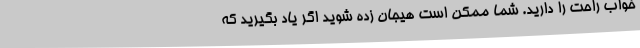
خواب راحت را دارید. شما ممکن است هیجان زده شوید اگر یاد بگیرید که